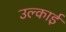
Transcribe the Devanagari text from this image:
उल्काई